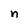
Character: n